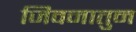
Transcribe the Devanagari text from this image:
जिवनातुन